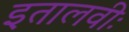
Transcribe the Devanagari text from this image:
इतालवीः